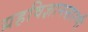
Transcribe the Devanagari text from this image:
ग्रहविज्ञानसारणी